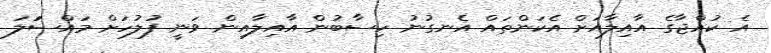
އެ ކުއްޖާގެ އާއިލާއަށް އެކަންތައް އެނގުނު ހިސާބުން އާއިލާއިން ވަނީ ފުލުހަށް މައްސަަލަ